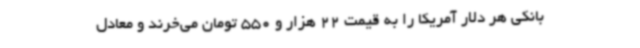
بانکی هر دلار آمریکا را به قیمت 22 هزار و 550 تومان می‌خرند و معادل